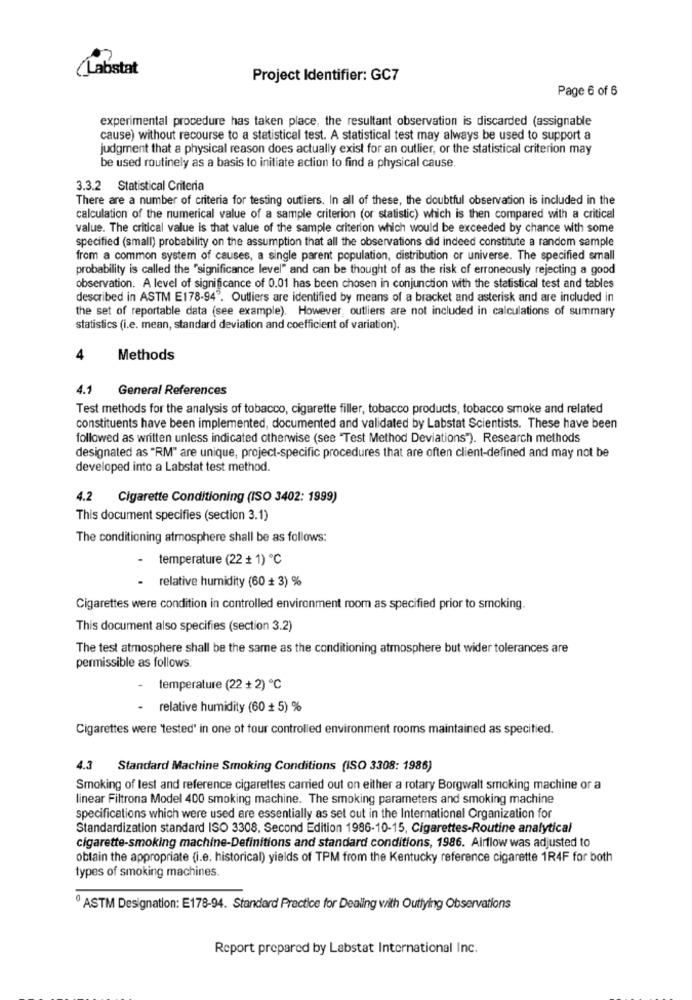
(Labstat
Project Identifier: GC7
Page 6 of 6
experimental procedure has taken place, the resultant observation is discarded (assignable
cause) without recourse to a statistical test. A statistical test may always be used to support a
judgment that a physical reason does actually exist for an outlier, or the statistical criterion may
be used routinely as a basis to initiate action to find a physical cause.
3.3.2 Statistical Criteria
There are a number of criteria for testing outliers. In all of these, the doubtful observation is included in the
calculation of the numerical value of a sample criterion (or statistic) which is then compared with a critical
value. The critical value is that value of the sample criterion which would be exceeded by chance with some
specified (small) probability on the assumption that all the observations did indeed constitute a random sample
from a common system of causes, a single parent population, distribution or universe. The specified small
probability is called the "significance level" and can be thought of as the risk of erroneously rejecting a good
observation. A level of significance of 0.01 has been chosen in conjunction with the statistical test and tables
described in ASTM E178-94". Outliers are identified by means of a bracket and asterisk and are included in
the set of reportable data (see example). However, outliers are not included in calculations of summary
statistics (i.e. mean, standard deviation and coefficient of variation).
4
Methods
4.1 General References
Test methods for the analysis of tobacco, cigarette filler, tobacco products, tobacco smoke and related
constituents have been implemented, documented and validated by Labstat Scientists. These have been
followed as written unless indicated otherwise (see "Test Method Deviations"). Research methods
designated as "RM" are unique, project-specific procedures that are often client-defined and may not be
developed into a Labstat test method.
4.2 Cigarette Conditioning (ISO 3402: 1999)
This document specifies (section 3.1)
The conditioning atmosphere shall be as follows:
temperature (22 + 1) ℃
relative humidity (60 + 3) %
Cigarettes were condition in controlled environment room as specified prior to smoking.
This document also specifies (section 3.2)
The test atmosphere shall be the same as the conditioning atmosphere but wider tolerances are
permissible as follows:
-
temperature (22 + 2) ℃
- relative humidity (60 + 5) %
Cigarettes were "tested' in one of four controlled environment rooms maintained as specified.
4.3
Standard Machine Smoking Conditions (ISO 3308: 1986)
Smoking of test and reference cigarettes carried out on either a rotary Borgwalt smoking machine or a
linear Filtrona Model 400 smoking machine. The smoking parameters and smoking machine
specifications which were used are essentially as set out in the International Organization for
Standardization standard ISO 3308, Second Edition 1986-10-15, Cigarettes-Routine analytical
cigarette-smoking machine-Definitions and standard conditions, 1986. Airflow was adjusted to
obtain the appropriate (i.e. historical) yields of TPM from the Kentucky reference cigarette 1R4F for both
types of smoking machines.
ASTM Designation: E178-94. Standard Practice for Dealing with Outlying Observations
Report prepared by Labstat International Inc.